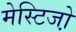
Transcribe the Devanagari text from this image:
मेस्टिजो़